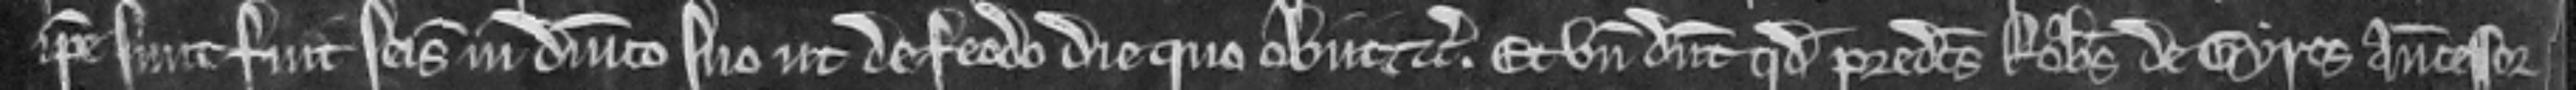
ipses sunt fuit seisitus in dominico suo ut de feodo die quo obiit etc. Et unde dicunt quod predictus Robertus de Gyros antecessor